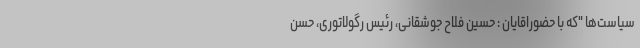
سیاست‌ها "که با حضوراقایان : حسین فلاح جوشقانی، رئیس رگولاتوری، حسن